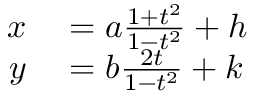
\quad { \begin{array} { r l } { x } & { { } = a { \frac { 1 + t ^ { 2 } } { 1 - t ^ { 2 } } } + h } \\ { y } & { { } = b { \frac { 2 t } { 1 - t ^ { 2 } } } + k } \end{array} }